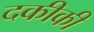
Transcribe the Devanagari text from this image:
दकीकी